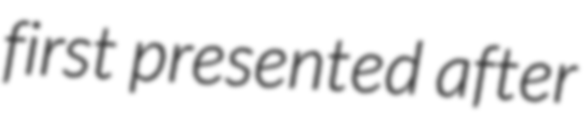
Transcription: first presented after